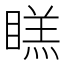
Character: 𭿔